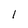
Character: 1